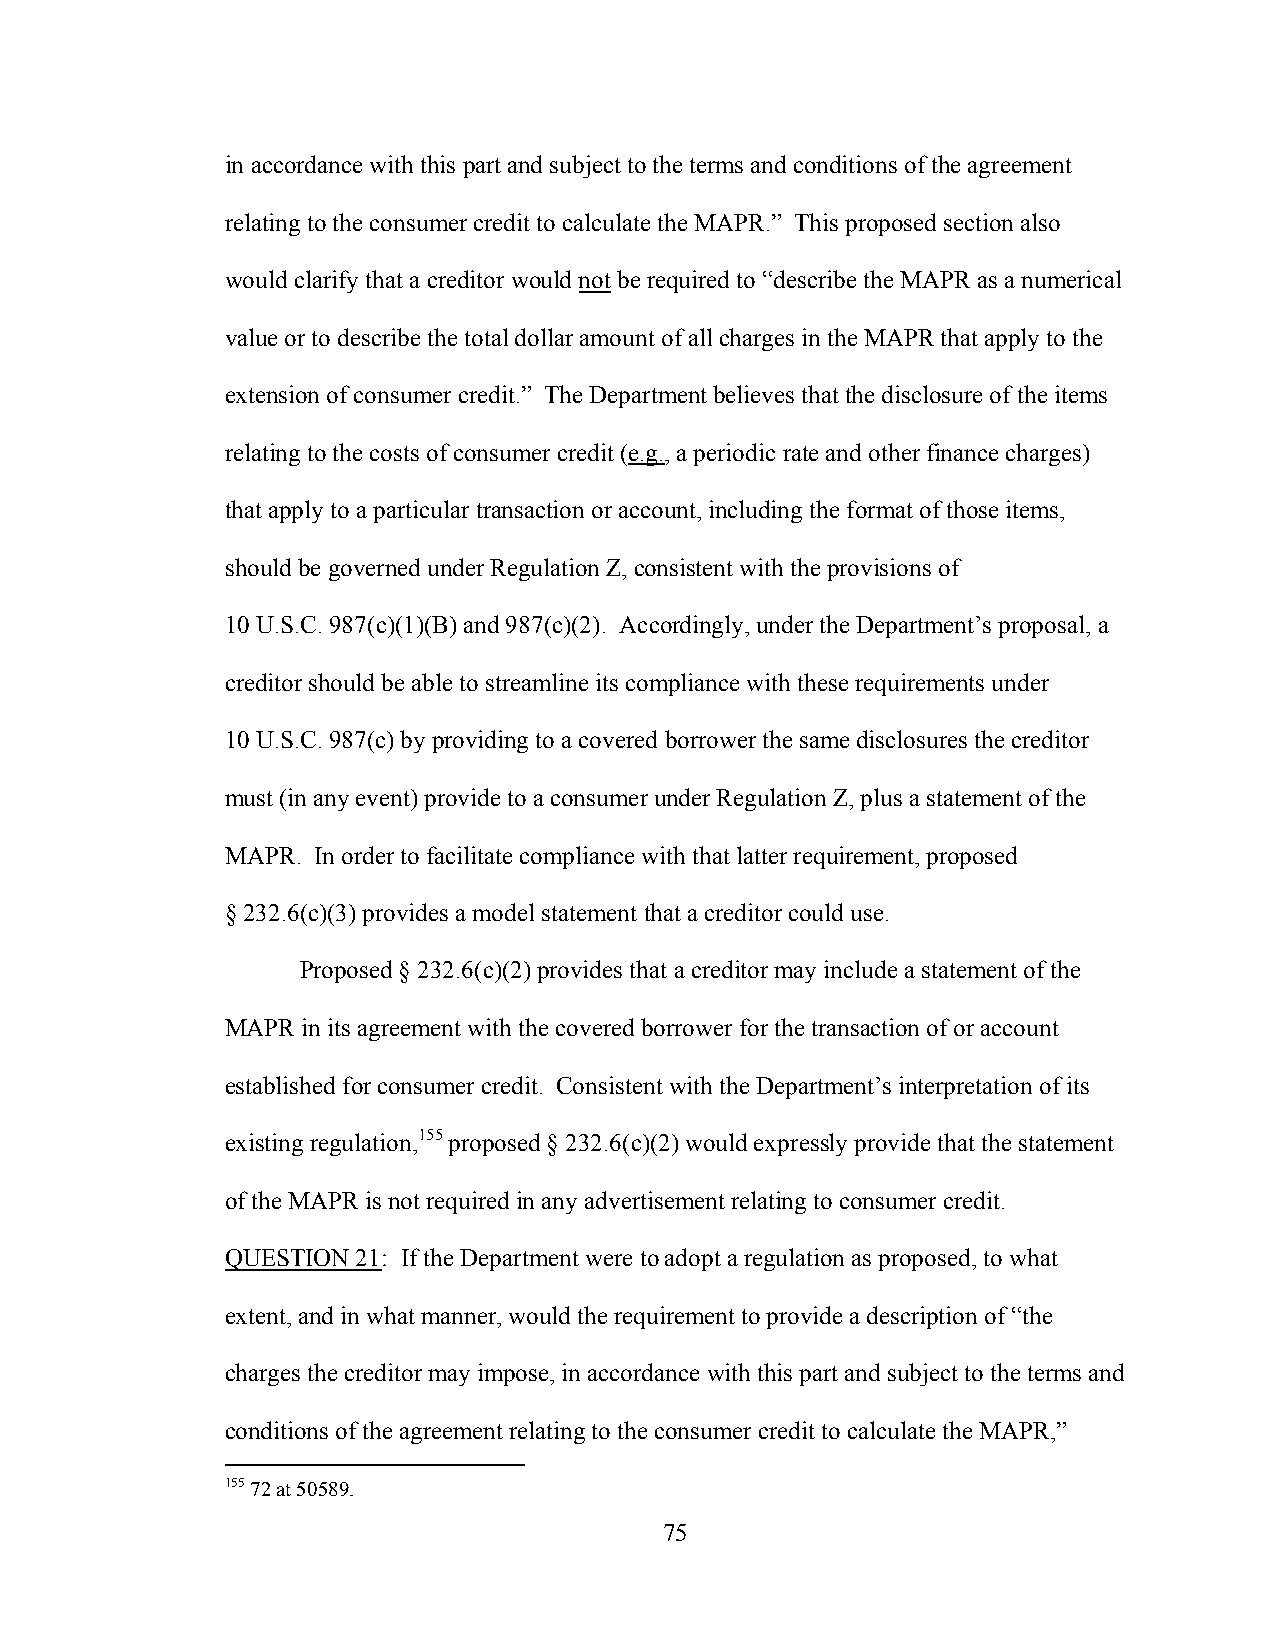
in accordance with this part and subject to the terms and conditions of the agreement
 relating to the consumer credit to calculate the MAPR.” This proposed section also
 would clarify that a creditor would not be required to “describe the MAPR as a numerical
 value or to describe the total dollar amount of all charges in the MAPR that apply to the
 extension of consumer credit.” The Department believes that the disclosure of the items
 relating to the costs of consumer credit (e.g., a periodic rate and other finance charges)
 that apply to a particular transaction or account, including the format of those items,
 should be governed under Regulation Z, consistent with the provisions of
 10 U.S.C. 987(c)(1)(B) and 987(c)(2). Accordingly, under the Department’s proposal, a
 creditor should be able to streamline its compliance with these requirements under
 10 U.S.C. 987(c) by providing to a covered borrower the same disclosures the creditor
 must (in any event) provide to a consumer under Regulation Z, plus a statement of the
 MAPR. In order to facilitate compliance with that latter requirement, proposed
 § 232.6(c)(3) provides a model statement that a creditor could use.
 Proposed § 232.6(c)(2) provides that a creditor may include a statement of the
 MAPR in its agreement with the covered borrower for the transaction of or account
 established for consumer credit. Consistent with the Department’s interpretation of its
 existing regulation,155 proposed § 232.6(c)(2) would expressly provide that the statement
 of the MAPR is not required in any advertisement relating to consumer credit.
 QUESTION 21: If the Department were to adopt a regulation as proposed, to what
 extent, and in what manner, would the requirement to provide a description of “the
 charges the creditor may impose, in accordance with this part and subject to the terms and
 conditions of the agreement relating to the consumer credit to calculate the MAPR,”
 155 72 at 50589.
 75